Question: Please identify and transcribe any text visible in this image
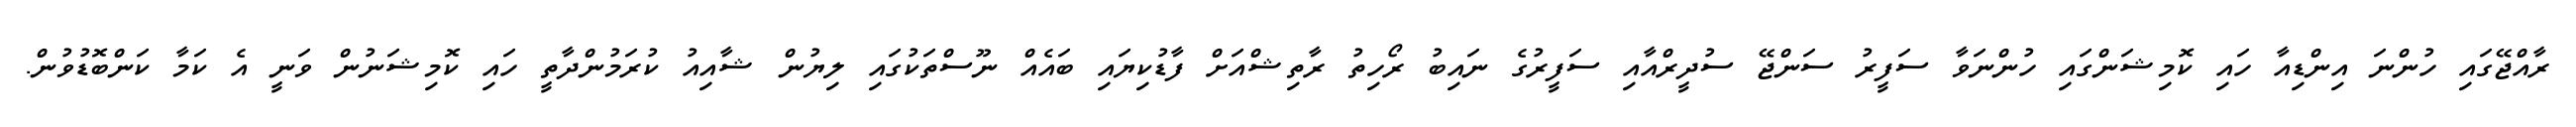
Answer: ރާއްޖޭގައި ހުންނަ އިންޑިއާ ހައި ކޮމިޝަންގައި ހުންނަވާ ސަފީރު ސަންޖޭ ސުދީރްއާއި ސަފީރުގެ ނައިބު ރޯހިތު ރާތިޝްއަށް ފާޑުކިޔައި ބައެއް ނޫސްތަކުގައި ލިޔުން ޝާއިއު ކުރަމުންދާތީ ހައި ކޮމިޝަނުން ވަނީ އެ ކަމާ ކަންބޮޑުވުން.